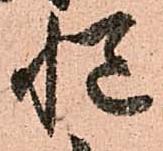
慥